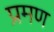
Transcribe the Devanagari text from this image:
प्रमण